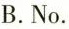
B.No.